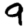
Digit: 9